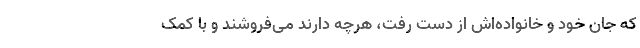
که جان خود و خانواده‌اش از دست رفت، هرچه دارند می‌فروشند و با کمک